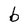
Character: b